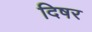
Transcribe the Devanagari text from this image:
दिषर